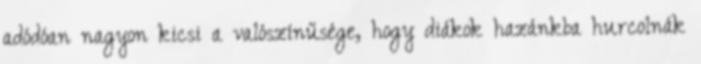
adódóan nagyon kicsi a valószínűsége, hogy diákok hazánkba hurcolnák